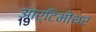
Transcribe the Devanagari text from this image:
आर्टिमीथर